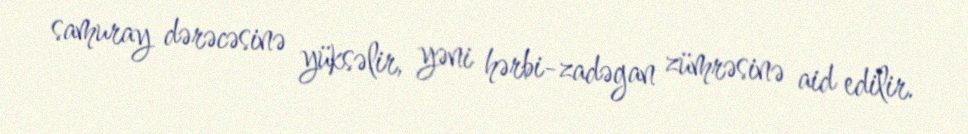
samuray dərəcəsinə yüksəlir, yəni hərbi-zadəgan zümrəsinə aid edilir.